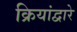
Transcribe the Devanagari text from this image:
क्रियांद्वारे